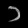
Digit: ၁